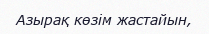
Азырақ көзім жастайын,